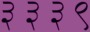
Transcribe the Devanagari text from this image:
३३३९